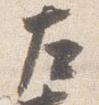
左